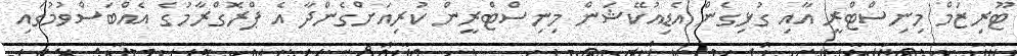
ޓޫރިޒަމް މިނިސްޓްރީ އާއި ގުޅިގެން އެޑިއުކޭޝަން މިނިސްޓްރީން ކުރިއަށްގެންދާ އެ ޕްރޮގްރާމުގެ އެއްބަސްވުމުގައި